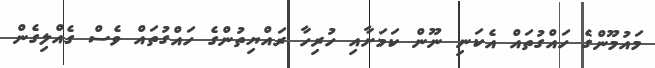
މައުމޫންގެ ހައްގުތައް އެކަނި ނޫން ކަމަށާއި ހުރިހާ ރައްޔިތުންގެ ހައްގުތައް ވެސް ގެއްލިގެން